Mental hospitals Bombay report 1929-33 - 1929-1933
Year: 1929
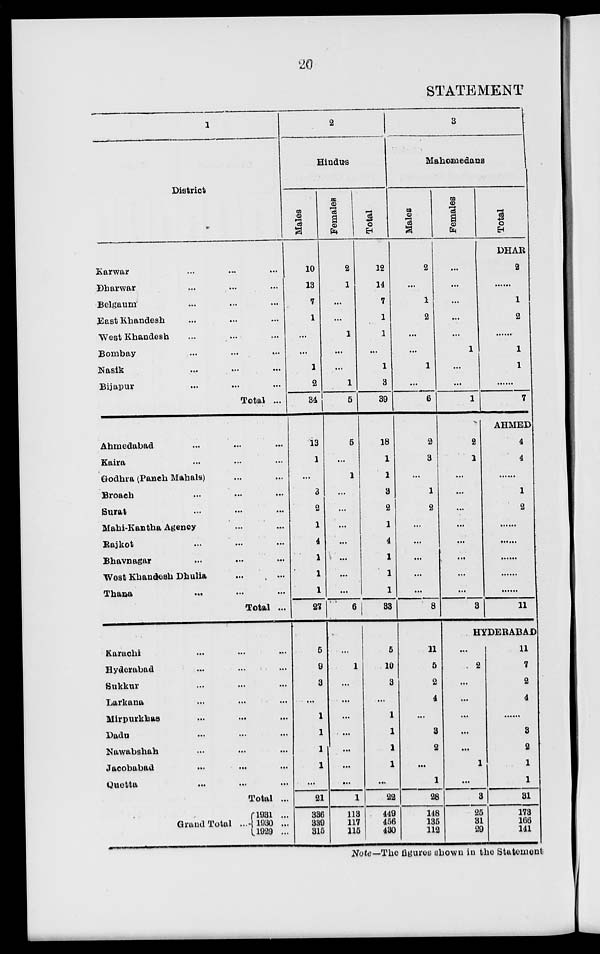
20
STATEMENT
1
District
Karwar ... ... ...
Dharwar ... ... ...
Belgaum ... ... ...
East Khandesh ... ... ...
West Khandesh ... ... ...
Bombay
...
...
...
Nasik ... ... ...
Bijapur ... ... ...
Total ...
Ahmedabad ... ... ...
Kaira ... ... ...
Godhra (Paneh Mahals) ... ...
Broach ... ... ...
Surat ... ... ...
Mahi-Kantha Agency ... ...
Rajkot ... ... ...
Bhavnagar ... ... ...
West Khandesh Dhulia ... ...
Thana ... ... ...
Total ...
Karachi ... ... ...
Hyderabad ... ... ...
Sukkur ... ... ...
Larkana ... ... ...
Mirpurkhas ... ... ...
Dadu ... ... ...
Nawabshah ... ... ...
Jacobabad ... ... ...
Quetta ... ... ...
Total ...
Grand Total ..
1931 ...
1930
...
1929 ...
2
Hindus
Males.
10
13
7
1
...
...
1
2
34
13
1
...
3
2
1
4
1
1
1
27
5
9
3
...
1
1
1
1
...
21
336
339
315
Females.
2
1
...
...
1
...
...
1
5
5
...
1
...
...
...
...
...
...
...
6
...
1
...
...
...
...
...
...
...
1
113
117
115
Total.
12
14
7
1
1
...
1
3
39
18
1
1
3
2
1
4
1
1
1
33
5
10
3
...
1
1
1
1
...
22
449
456
430
3
Mahomedans
Males.
2
...
1
2
...
...
1
...
6
2
3
...
1
2
...
...
...
...
...
8
11
5
2
4
...
3
2
...
1
28
148
135
112
Females.
...
...
...
...
...
1
...
...
1
2
1
...
...
...
...
...
...
...
...
3
Total.
DHAR
2
......
1
2
......
1
1
......
7
AHMED
4
4
......
1
2
......
......
......
......
......
11
HYDERABAD
...
2
...
...
...
...
...
1
...
3
25
31
29
11
7
2
4
......
3
2
1
1
31
173
166
141
Note—The figures shown in the Statement